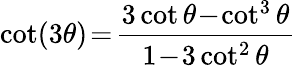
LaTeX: \cot(3\theta)\! =\! {\frac{3\cot\theta\! -\! \cot^{3}\theta}{1\! -\! 3\cot^{2}\theta}}